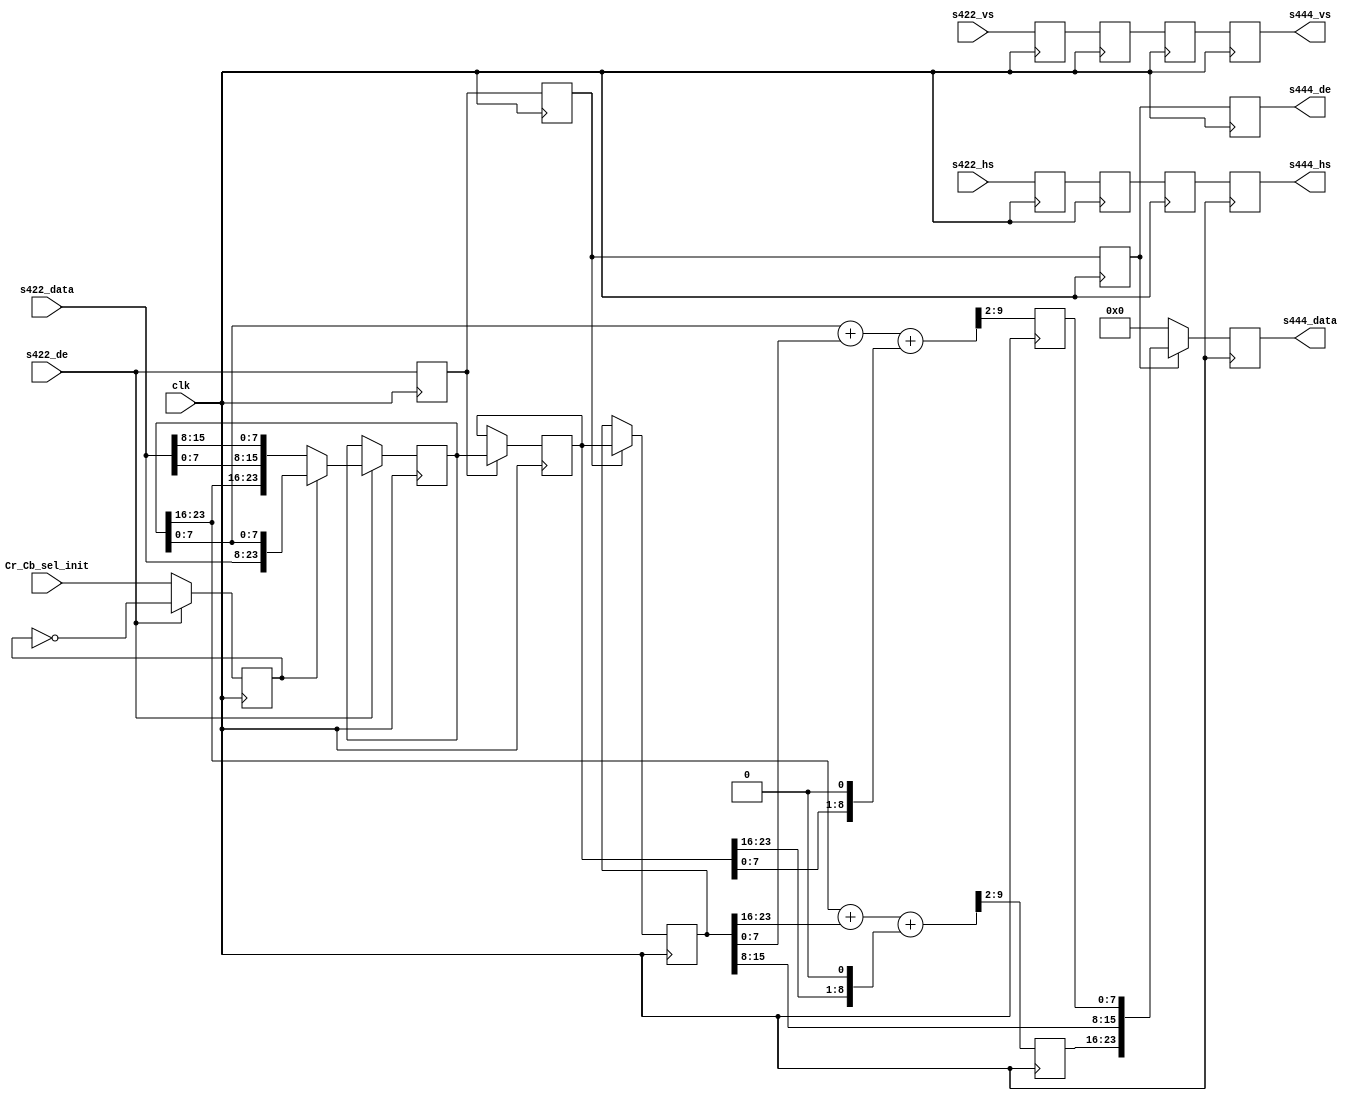
module cf_ss_422to444 (

  // 422 inputs

  clk,
  s422_vs,
  s422_hs,
  s422_de,
  s422_data,

  // 444 outputs

  s444_vs,
  s444_hs,
  s444_de,
  s444_data,

  // change to switch Cr/Cb sel (0-> Cb first, 1-> Cr first)

  Cr_Cb_sel_init);

  input           clk;
  input           s422_vs;
  input           s422_hs;
  input           s422_de;
  input   [15:0]  s422_data;

  output          s444_vs;
  output          s444_hs;
  output          s444_de;
  output  [23:0]  s444_data;

  input           Cr_Cb_sel_init;

  reg             Cr_Cb_sel = 'd0;
  reg             s422_vs_d = 'd0;
  reg             s422_hs_d = 'd0;
  reg             s422_de_d = 'd0;
  reg     [23:0]  s422_data_d = 'd0;
  reg             s422_vs_2d = 'd0;
  reg             s422_hs_2d = 'd0;
  reg             s422_de_2d = 'd0;
  reg     [23:0]  s422_data_2d = 'd0;
  reg             s422_vs_3d = 'd0;
  reg             s422_hs_3d = 'd0;
  reg             s422_de_3d = 'd0;
  reg     [23:0]  s422_data_3d = 'd0;
  reg     [ 7:0]  R = 'd0;
  reg     [ 7:0]  B = 'd0;
  reg             s444_vs = 'd0;
  reg             s444_hs = 'd0;
  reg             s444_de = 'd0;
  reg     [23:0]  s444_data = 'd0;

  wire    [ 9:0]  R_s;
  wire    [ 9:0]  B_s;

  // First data on DE assertion is Cb (0x0), then Cr (0x1).
  // The previous data is held when not current

  always @(posedge clk) begin
    if (s422_de == 1'b1) begin
      Cr_Cb_sel <= ~Cr_Cb_sel;
    end else begin
      Cr_Cb_sel <= Cr_Cb_sel_init;
    end
    s422_vs_d <= s422_vs;
    s422_hs_d <= s422_hs;
    s422_de_d <= s422_de;
    if (s422_de == 1'b1) begin
      if (Cr_Cb_sel == 1'b1) begin
        s422_data_d <= {s422_data[15:8], s422_data[7:0], s422_data_d[7:0]};
      end else begin
        s422_data_d <= {s422_data_d[23:16], s422_data[7:0], s422_data[15:8]};
      end
    end
    s422_vs_2d <= s422_vs_d;
    s422_hs_2d <= s422_hs_d;
    s422_de_2d <= s422_de_d;
    if (s422_de_d == 1'b1) begin
      s422_data_2d <= s422_data_d;
    end
    s422_vs_3d <= s422_vs_2d;
    s422_hs_3d <= s422_hs_2d;
    s422_de_3d <= s422_de_2d;
    if (s422_de_2d == 1'b1) begin
      s422_data_3d <= s422_data_2d;
    end
  end

  // Get the average 0.4*S(n-1) + 0.2*S(n) + 0.2*S(n+1)

  assign R_s = {2'd0, s422_data_d[23:16]} + {2'd0, s422_data_3d[23:16]} +
    {1'd0, s422_data_2d[23:16], 1'd0};

  assign B_s = {2'd0, s422_data_d[7:0]} + {2'd0, s422_data_3d[7:0]} +
    {1'd0, s422_data_2d[7:0], 1'd0};

  always @(posedge clk) begin
    R <= R_s[9:2];
    B <= B_s[9:2];
  end

  // 444 outputs

  always @(posedge clk) begin
    s444_vs <= s422_vs_3d;
    s444_hs <= s422_hs_3d;
    s444_de <= s422_de_3d;
    if (s422_de_3d == 1'b0) begin
      s444_data <= 'd0;
    end else begin
      s444_data <= {R, s422_data_3d[15:8], B};
    end
  end

endmodule